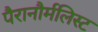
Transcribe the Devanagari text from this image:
पैरानौर्मलिस्ट